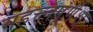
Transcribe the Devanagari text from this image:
महत्त्वपूर्णश्